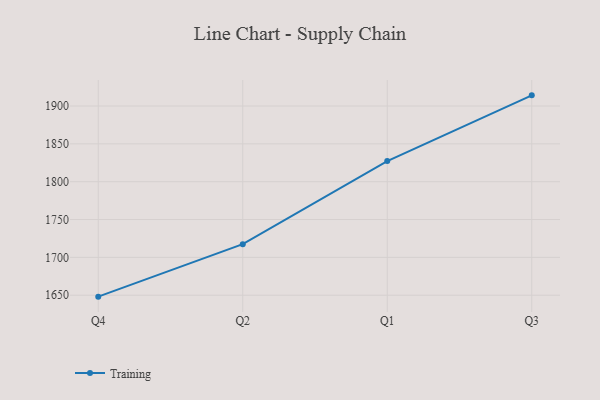
{"axis": {"x": "Quarter", "y": "Customer Acquisition Cost (USD)"}, "legend": ["Training"], "data": [{"x": "Q4", "y": 1648.1, "type": "Training"}, {"x": "Q2", "y": 1717.4, "type": "Training"}, {"x": "Q1", "y": 1827.3, "type": "Training"}, {"x": "Q3", "y": 1914.1, "type": "Training"}]}